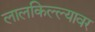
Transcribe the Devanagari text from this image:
लालकिल्ल्यावर